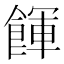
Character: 餫